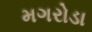
મગરોડા